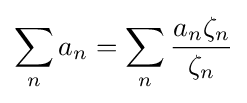
\sum _{n}a_{n}=\sum _{n}{\frac {a_{n}\zeta _{n}}{\zeta _{n}}}